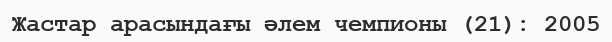
Жастар арасындағы әлем чемпионы (21): 2005